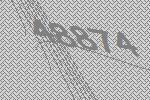
48874